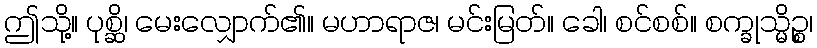
ဤသို့။ ပုစ္ဆိ၊ မေးလျှောက်၏။ မဟာရာဇ၊ မင်းမြတ်။ ခေါ၊ စင်စစ်။ စက္ခုသ္မိဉ္စ၊